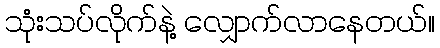
သုံးသပ်လိုက်နဲ့ လျှောက်လာနေတယ်။